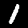
Label: 1